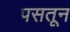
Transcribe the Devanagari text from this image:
पसतून